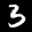
Label: 3